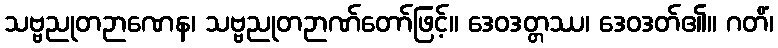
သဗ္ဗညုတဉာဏေန၊ သဗ္ဗညုတဉာဏ်တော်ဖြင့်။ ဒေဝဒတ္တဿ၊ ဒေဝဒတ်၏။ ဂတိံ၊